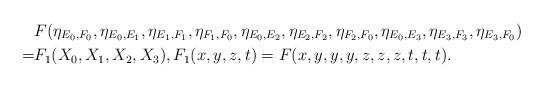
LaTeX: \begin{align*}&F(\eta_{E_0,F_0},\eta_{E_0,E_1},\eta_{E_1,F_1},\eta_{F_1,F_0},\eta_{E_0,E_2},\eta_{E_2,F_2},\eta_{F_2,F_0},\eta_{E_0,E_3},\eta_{E_3,F_3},\eta_{E_3,F_0})\\=&F_1(X_0,X_1,X_2,X_3),F_1(x,y,z,t)=F(x,y,y,y,z,z,z,t,t,t).\end{align*}